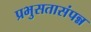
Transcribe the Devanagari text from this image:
प्रभुसतासंपन्न